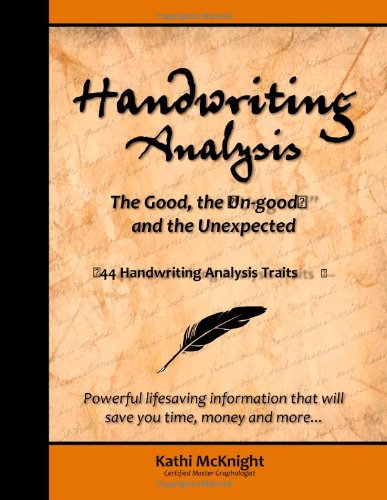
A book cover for Handwriting Analysis: The Good, the "Un-good" and the Unexpected; Kathi McKnight; Self-Help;